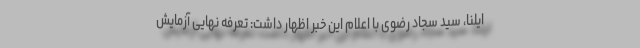
ایلنا، سید سجاد رضوی با اعلام این خبر اظهار داشت: تعرفه نهایی آزمایش